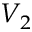
V _ { 2 }